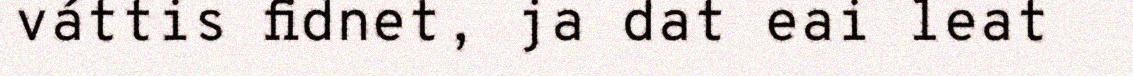
váttis fidnet, ja dat eai leat